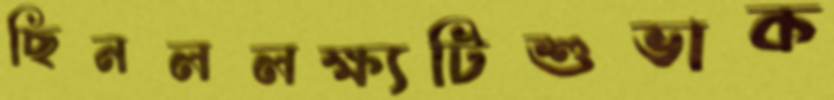
ছিনললক্ষ্যটিশুভাক